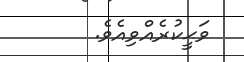
ވަޙީކުރެއްވިއެވެ.